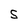
Character: S